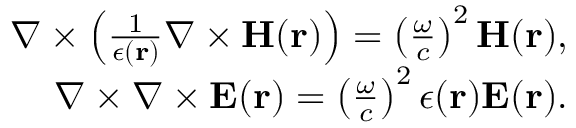
\begin{array} { r } { \nabla \times \left( \frac { 1 } { \epsilon ( { \bf r } ) } \nabla \times { \bf H } ( { \bf r } ) \right) = \left( \frac { \omega } { c } \right) ^ { 2 } { \bf H } ( { \bf r } ) , } \\ { \nabla \times \nabla \times { \bf E } ( { \bf r } ) = \left( \frac { \omega } { c } \right) ^ { 2 } \epsilon ( { \bf r } ) { \bf E } ( { \bf r } ) . } \end{array}